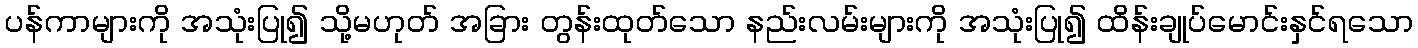
ပန်ကာများကို အသုံးပြု၍ သို့မဟုတ် အခြား တွန်းထုတ်သော နည်းလမ်းများကို အသုံးပြု၍ ထိန်းချုပ်မောင်းနှင်ရသော